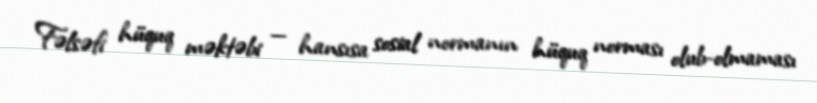
Fəlsəfi hüquq məktəbi — hansısa sosial normanın hüquq norması olub-olmaması